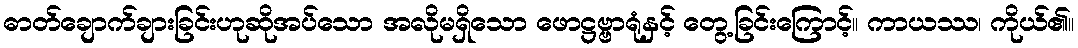
ဓာတ်ချောက်ချားခြင်းဟုဆိုအပ်သော အလိုမရှိသော ဖောဋ္ဌဗ္ဗာရုံနှင့် တွေ့ခြင်းကြောင့်။ ကာယဿ၊ ကိုယ်၏။